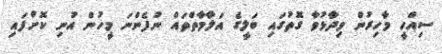
ސިއްހީ މާހިރުން ވިދާޅުވާ ގޮތުގައި ބަލީގެ އަލާމާތްތައް ނުފެންނަ މީހުން އުނި ކޮށްފައި